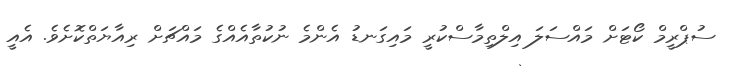
ސުޕްރީމް ކޯޓަށް މައްސަލަ އިލްތިމާސްކުރީ މައިގަނޑު އެންމެ ނުކުތާއެއްގެ މައްޗަށް ރިއާޔަތްކޮށެވެ. އެއީ